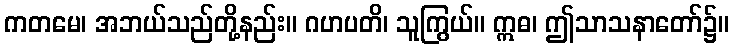
ကတမေ၊ အဘယ်သည်တို့နည်း။ ဂဟပတိ၊ သူကြွယ်။ ဣဓ၊ ဤသာသနာတော်၌။